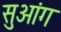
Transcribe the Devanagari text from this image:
सुआंग